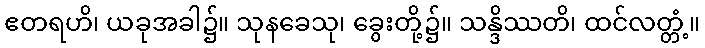
ဧတရဟိ၊ ယခုအခါ၌။ သုနခေသု၊ ခွေးတို့၌။ သန္ဒိဿတိ၊ ထင်လတ္တံ့။